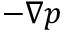
- \nabla p